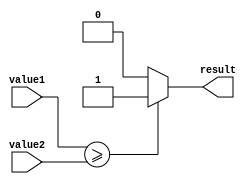
module greater_than_or_equal (
    input [7:0] value1,
    input [7:0] value2,
    output result
);

assign result = (value1 >= value2) ? 1'b1 : 1'b0;

endmodule